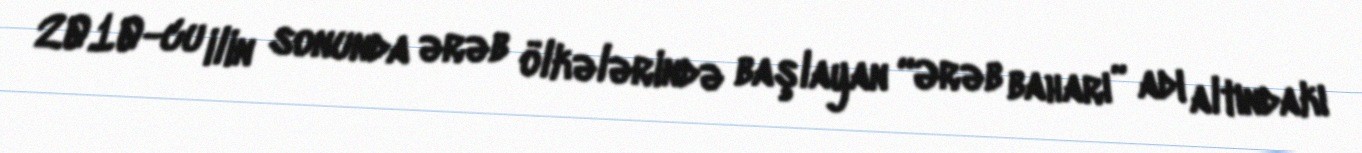
2010-cu ilin sonunda ərəb ölkələrində başlayan “Ərəb baharı” adı altındakı